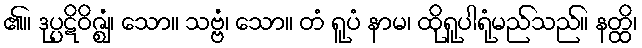
၏။ ဒုပ္ပဋိဝိဇ္ဈံ၊ သော။ သဗ္ဗံ၊ သော။ တံ ရူပံ နာမ၊ ထိုရူပါရုံမည်သည်။ နတ္ထိ၊